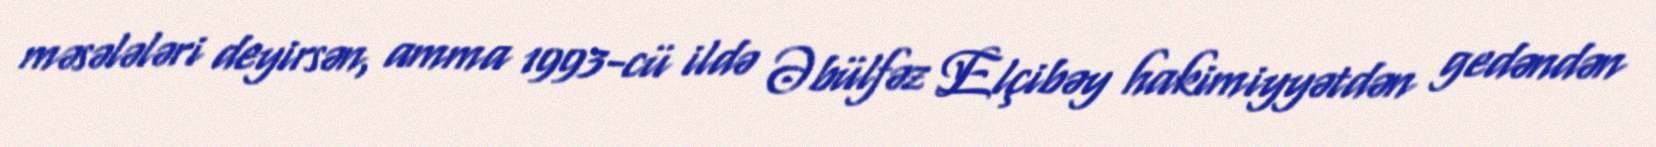
məsələləri deyirsən, amma 1993-cü ildə Əbülfəz Elçibəy hakimiyyətdən gedəndən